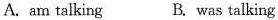
A.am talking B. was talking